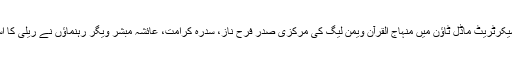
مرکزی سیکرٹریٹ ماڈل ٹاؤن میں منہاج القرآن ویمن لیگ کی مرکزی صدر فرح ناز، سدرہ کرامت، عائشہ مبشر ویگر رہنماؤں نے ریلی کا استقبال کیا۔